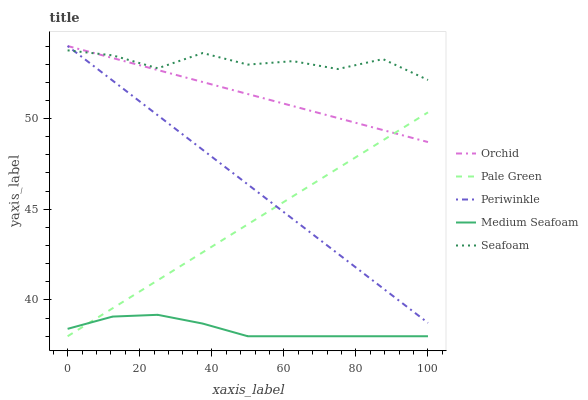
| xaxis_label | Orchid | Pale Green | Periwinkle | Medium Seafoam | Seafoam |
 | --- | --- | --- | --- | --- | --- |
 | 0 | 54 | 38 | 54 | 38.4 | 53.8 |
 | 12.5 | 53.3 | 39.5 | 52.1 | 39.1 | 53.5 |
 | 25 | 52.7 | 41.1 | 50.2 | 39.2 | 52.8 |
 | 37.5 | 52 | 42.6 | 48.3 | 38.7 | 53.6 |
 | 50 | 51.4 | 44.2 | 46.4 | 38 | 53 |
 | 62.5 | 50.7 | 45.7 | 44.5 | 38 | 53.2 |
 | 75 | 50 | 47.3 | 42.6 | 38 | 52.7 |
 | 87.5 | 49.4 | 48.8 | 40.6 | 38 | 53.3 |
 | 100 | 48.7 | 50.3 | 38.7 | 38 | 52.1 |